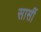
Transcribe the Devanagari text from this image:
सार्सी